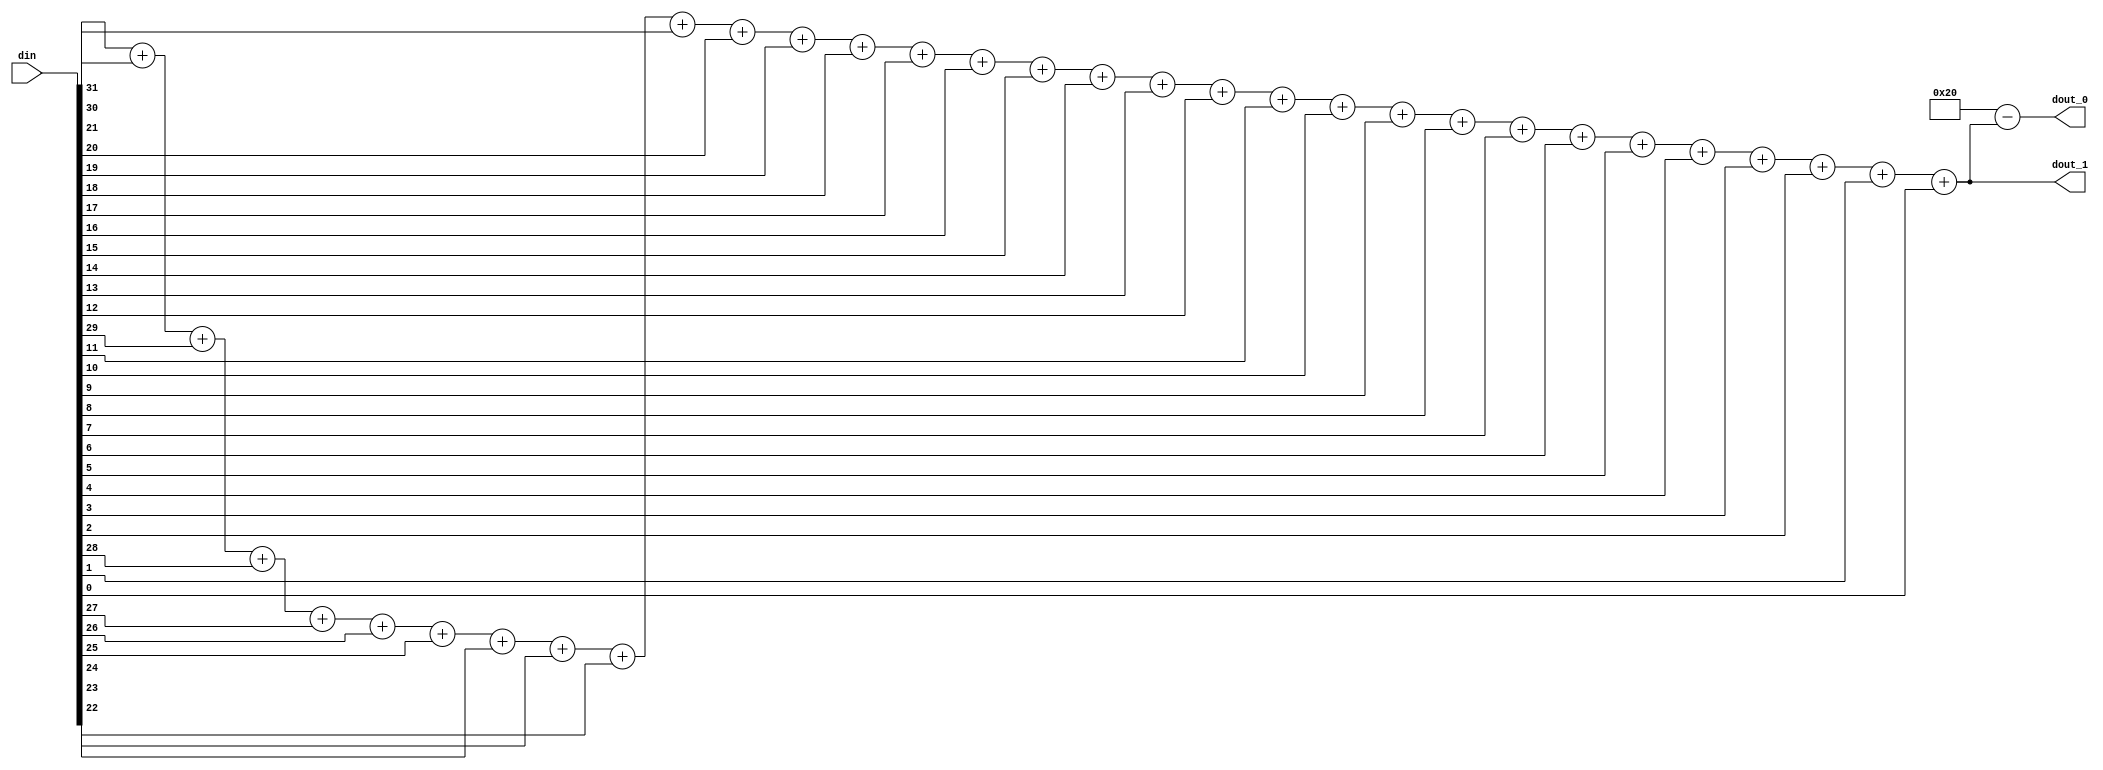
module detect_num(

din,
dout_1,
dout_0
);


input [31:0]din;
output [31:0]dout_1;
output [31:0]dout_0;
assign dout_1=din[31]+din[30]+din[29]+din[28]+din[27]+din[26]+din[25]+din[24]+din[23]+din[22]
+din[21]+din[20]+din[19]+din[18]+din[17]+din[16]+din[15]+din[14]+din[13]+din[12]+din[11]
+din[10]+din[9]+din[8]+din[7]+din[6]+din[5]+din[4]+din[3]+din[2]+din[1]+din[0];

assign dout_0=32-dout_1;

endmodule